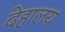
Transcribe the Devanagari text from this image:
देहालय